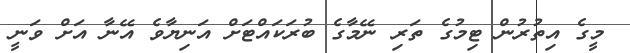
މީގެ އިތުރުން ޓިމުގެ ތަރި ނޭމާގެ ބުރަކައްޓަށް އަނިޔާވެ އޭނާ އަށް ވަނީ